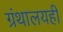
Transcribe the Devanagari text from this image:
ग्रंथालयही